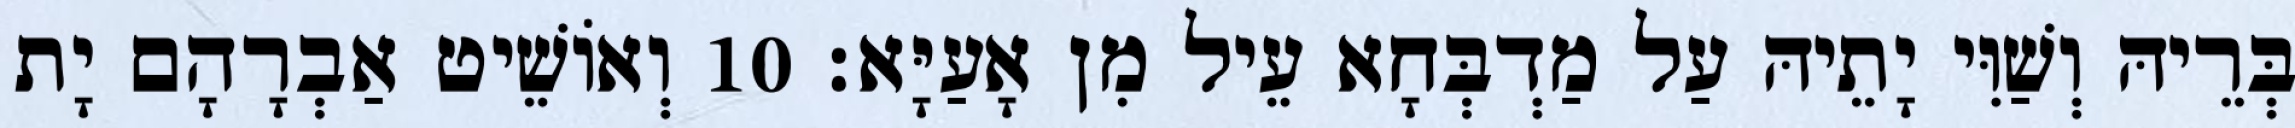
בְּרֵיהּ וְשַׁוִּי יָתֵיהּ עַל מַדְבְּחָא עֵיל מִן אָעַיָּא׃ 10 וְאוֹשֵׁיט אַבְרָהָם יָת